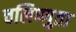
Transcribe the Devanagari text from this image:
चलिष्णुता